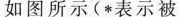
如图所示(*表示被